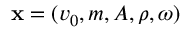
\mathbf { x } = ( v _ { 0 } , m , A , \rho , \omega )